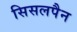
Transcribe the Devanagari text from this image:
सिसलपैन